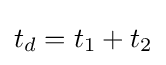
t_{d}=t_{1}+t_{2}